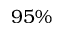
9 5 \%